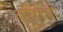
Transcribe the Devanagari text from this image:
कलिकिरि